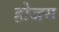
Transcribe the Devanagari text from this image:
होजय